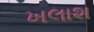
ખલાશ